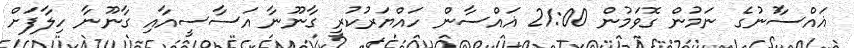
ޣައްސާުނުގެ ނަމުން ގޮވަމުން 21:00 ޣައްސާން ހައްޔަރުކުރީ ގާނޫނާ އަސާސީއާއި ގާނޫނާ ހިލާފަށް